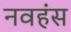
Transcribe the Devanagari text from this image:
नवहंस